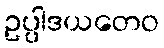
ဥပ္ပါဒယတေဝ